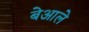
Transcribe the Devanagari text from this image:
बेआले